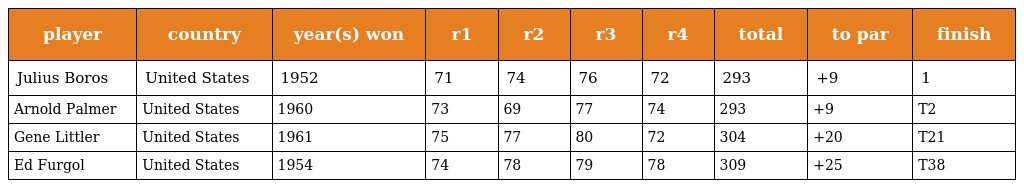
| player | country | year(s) won | r1 | r2 | r3 | r4 | total | to par | finish |
 | --- | --- | --- | --- | --- | --- | --- | --- | --- | --- |
 | Julius Boros | United States | 1952 | 71 | 74 | 76 | 72 | 293 | +9 | 1 |
 | Arnold Palmer | United States | 1960 | 73 | 69 | 77 | 74 | 293 | +9 | T2 |
 | Gene Littler | United States | 1961 | 75 | 77 | 80 | 72 | 304 | +20 | T21 |
 | Ed Furgol | United States | 1954 | 74 | 78 | 79 | 78 | 309 | +25 | T38 |